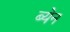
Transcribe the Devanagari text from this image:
ब्येन